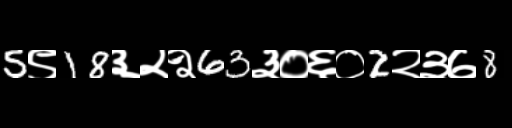
Text: 5९18३२२63३०६०2२३७8